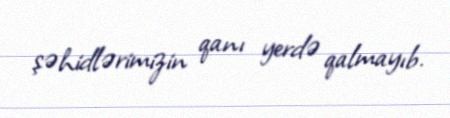
şəhidlərimizin qanı yerdə qalmayıb.